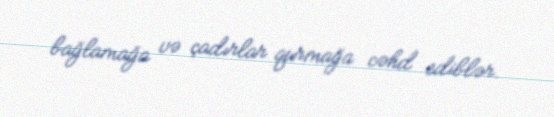
bağlamağa və çadırlar qurmağa cəhd ediblər.